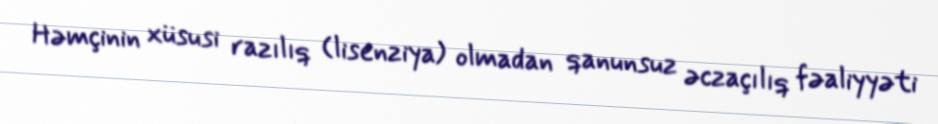
Həmçinin xüsusi razılıq (lisenziya) olmadan qanunsuz əczaçılıq fəaliyyəti